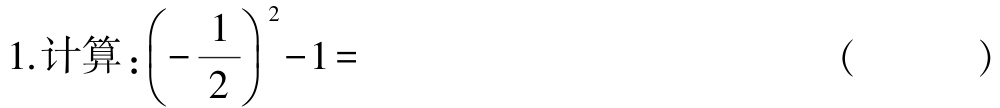
1.计算：$\left(-\dfrac{1}{2}\right)^{2}-1 =$  (  )